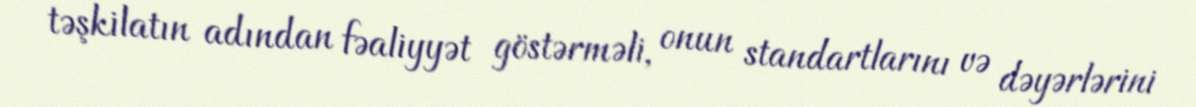
təşkilatın adından fəaliyyət göstərməli, onun standartlarını və dəyərlərini